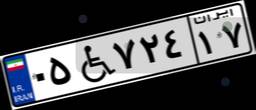
۰۵W۷۲۴۱۷